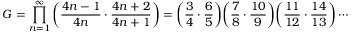
G = \prod _ { n = 1 } ^ { \infty } \left( { \frac { 4 n - 1 } { 4 n } } \cdot { \frac { 4 n + 2 } { 4 n + 1 } } \right) = { \biggl ( } { \frac { 3 } { 4 } } \cdot { \frac { 6 } { 5 } } { \biggr ) } { \biggl ( } { \frac { 7 } { 8 } } \cdot { \frac { 1 0 } { 9 } } { \biggr ) } { \biggl ( } { \frac { 1 1 } { 1 2 } } \cdot { \frac { 1 4 } { 1 3 } } { \biggr ) } \cdots